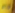
كام